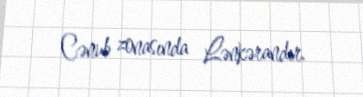
Cənub zonasında Lənkərandır.